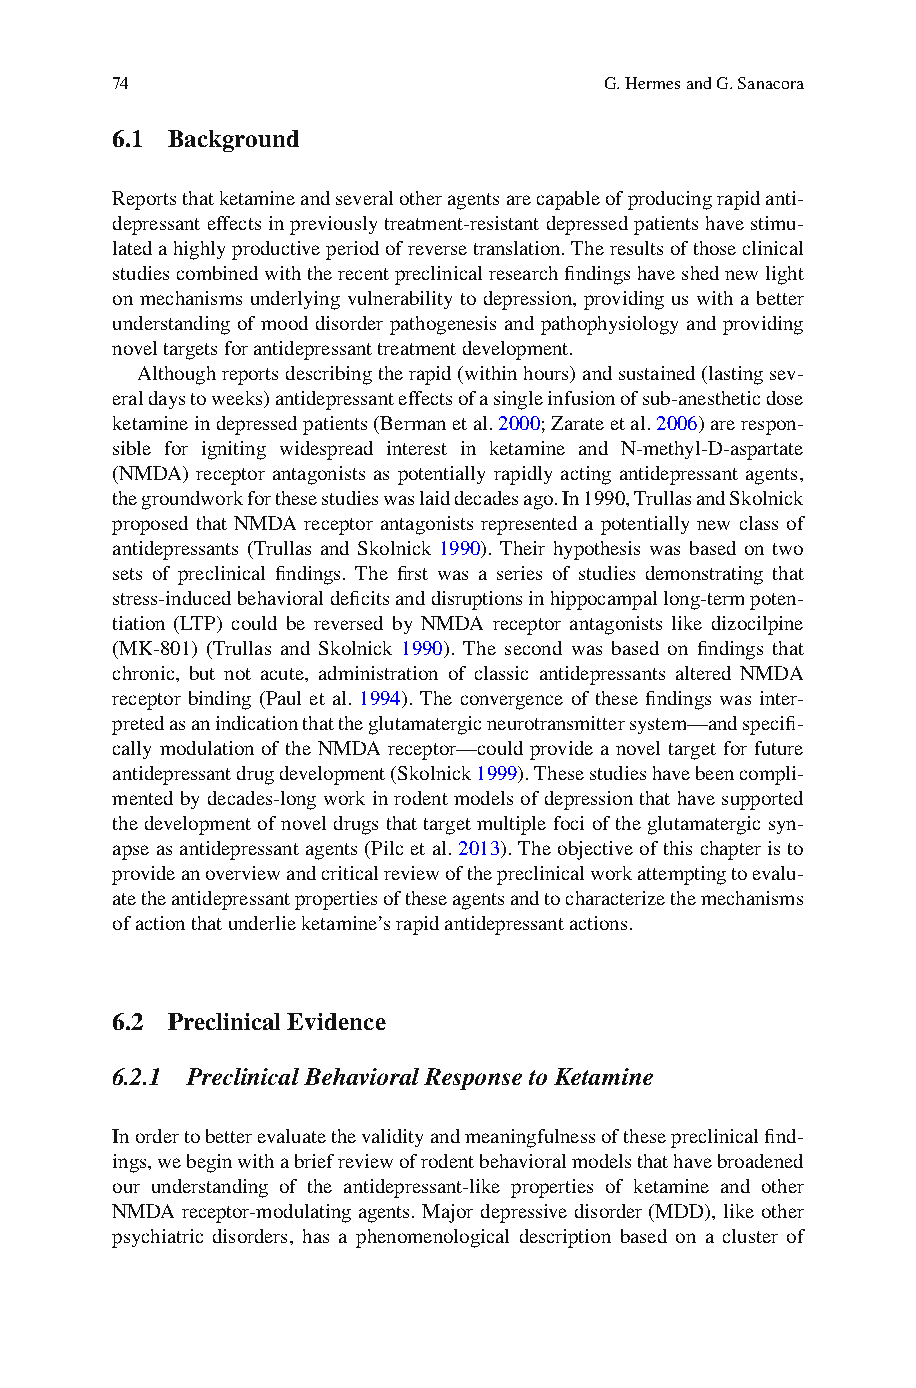
74                               G. Hermes and G. Sanacora
 6.1 Background
 R eports that ketamine and several other agents are capable of producing rapid anti-
 depressant effects in previously treatment-resistant depressed patients have stimu-
 lated a highly productive period of reverse translation. The results of those clinical
 studies combined with the recent preclinical research fi ndings have shed new light
 on mechanisms underlying vulnerability to depression, providing us with a better
 understanding of mood disorder pathogenesis and pathophysiology and providing
 novel targets for antidepressant treatment development.
 A lthough reports describing the rapid (within hours) and sustained (lasting sev-
 eral days to weeks) antidepressant effects of a single infusion of sub-anesthetic dose
 ketamine in depressed patients (Berman et al. 2 000 ; Zarate et al. 2 006 ) are respon-
 sible for igniting widespread interest in ketamine and N-methyl-D-aspartate
 (NMDA) receptor antagonists as potentially rapidly acting antidepressant agents,
 the groundwork for these studies was laid decades ago. In 1990, Trullas and Skolnick
 proposed that NMDA receptor antagonists represented a potentially new class of
 antidepressants (Trullas and Skolnick 1 990) . Their hypothesis was based on two
 sets of preclinical fi ndings. The fi rst was a series of studies demonstrating that
 stress-induced behavioral defi cits and disruptions in hippocampal long-term poten-
 tiation (LTP) could be reversed by NMDA receptor antagonists like dizocilpine
 (MK-801) (Trullas and Skolnick 1 990 ). The second was based on fi ndings that
 chronic, but not acute, administration of classic antidepressants altered NMDA
 receptor binding (Paul et al. 1994) . The convergence of these fi ndings was inter-
 preted as an indication that the glutamatergic neurotransmitter system—and specifi -
 cally modulation of the NMDA receptor—could provide a novel target for future
 antidepressant drug development (Skolnick 1 999 ). These studies have been compli-
 mented by decades-long work in rodent models of depression that have supported
 the development of novel drugs that target multiple foci of the glutamatergic syn-
 apse as antidepressant agents (Pilc et al. 2 013 ). The objective of this chapter is to
 provide an overview and critical review of the preclinical work attempting to evalu-
 ate the antidepressant properties of these agents and to characterize the mechanisms
 of action that underlie ketamine’s rapid antidepressant actions.
 6.2 Preclinical Evidence
 6.2.1 Preclinical Behavioral Response to Ketamine
 I n order to better evaluate the validity and meaningfulness of these preclinical fi nd-
 ings, we begin with a brief review of rodent behavioral models that have broadened
 our understanding of the antidepressant-like properties of ketamine and other
 NMDA receptor-modulating agents. Major depressive disorder (MDD), like other
 psychiatric disorders, has a phenomenological description based on a cluster of